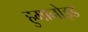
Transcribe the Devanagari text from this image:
हुमानोइड